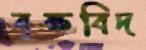
বৃক্ষবিদ